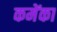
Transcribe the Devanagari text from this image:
कमेंका